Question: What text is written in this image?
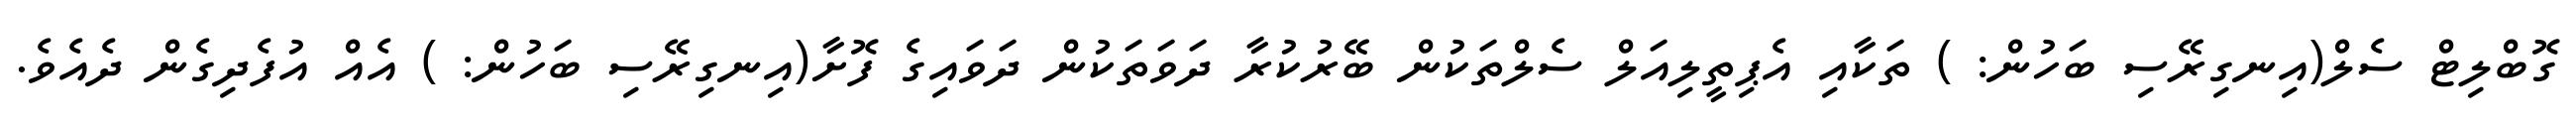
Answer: ގޮބްލިޓް ސެލް(އިނގިރޭސި ބަހުން: ) ތަކާއި އެޕިތީލިއަލް ސެލްތަކުން ބޭރުކުރާ ދަވަތަކުން ދަވައިގެ ފޮށާ(އިނގިރޭސި ބަހުން: ) އެއް އުފެދިގެން ދެއެވެ.